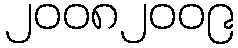
၂၀၀၈၂၀၀၉